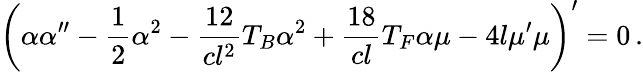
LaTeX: \left(\alpha\alpha^{\prime\prime}-\frac 12\alpha^{2}-\frac{12}{cl^{2}}T_{B}\alpha^{2}+\frac{18}{cl}T_{F}\alpha\mu-4l\mu^{\prime}\mu\right)^{\prime}=0\, .